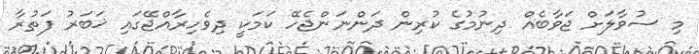
މި ސުވާލަށް ޖަވާބެއް ދިނުމުގެ ކުރިން ދަންނަންޖެހޭ ކަމަކީ ދިވެހިރާއްޖޭގައި ޚަބަރު ފަތުރާ